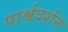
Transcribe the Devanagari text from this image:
पार्श्वदर्शन